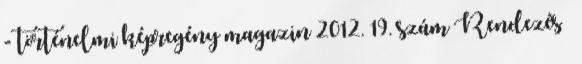
- történelmi képregény magazin 2012. 19. szám Rendezés